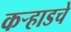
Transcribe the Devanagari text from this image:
कऱ्हाडचे